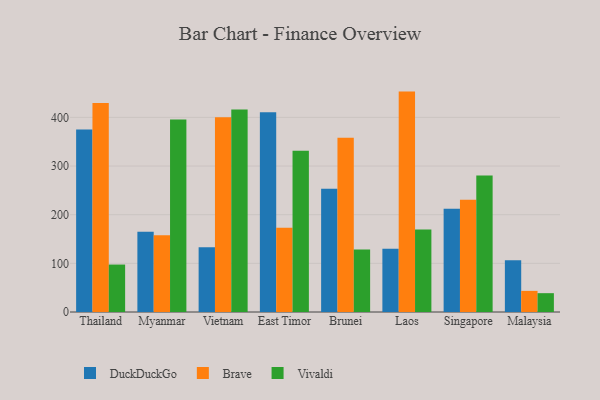
{"axis": {"x": "Country", "y": "Bounce Rate (%)"}, "legend": ["Brave", "DuckDuckGo", "Vivaldi"], "data": [{"x": "Thailand", "y": 375.1, "type": "DuckDuckGo"}, {"x": "Thailand", "y": 429.4, "type": "Brave"}, {"x": "Thailand", "y": 97.5, "type": "Vivaldi"}, {"x": "Myanmar", "y": 164.7, "type": "DuckDuckGo"}, {"x": "Myanmar", "y": 157.7, "type": "Brave"}, {"x": "Myanmar", "y": 395.7, "type": "Vivaldi"}, {"x": "Vietnam", "y": 133.1, "type": "DuckDuckGo"}, {"x": "Vietnam", "y": 400.3, "type": "Brave"}, {"x": "Vietnam", "y": 416.1, "type": "Vivaldi"}, {"x": "East Timor", "y": 410.7, "type": "DuckDuckGo"}, {"x": "East Timor", "y": 173.4, "type": "Brave"}, {"x": "East Timor", "y": 331.5, "type": "Vivaldi"}, {"x": "Brunei", "y": 253.1, "type": "DuckDuckGo"}, {"x": "Brunei", "y": 358.1, "type": "Brave"}, {"x": "Brunei", "y": 128.7, "type": "Vivaldi"}, {"x": "Laos", "y": 130.2, "type": "DuckDuckGo"}, {"x": "Laos", "y": 453.0, "type": "Brave"}, {"x": "Laos", "y": 169.7, "type": "Vivaldi"}, {"x": "Singapore", "y": 212.1, "type": "DuckDuckGo"}, {"x": "Singapore", "y": 230.8, "type": "Brave"}, {"x": "Singapore", "y": 280.7, "type": "Vivaldi"}, {"x": "Malaysia", "y": 106.4, "type": "DuckDuckGo"}, {"x": "Malaysia", "y": 43.4, "type": "Brave"}, {"x": "Malaysia", "y": 38.7, "type": "Vivaldi"}]}